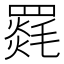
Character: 𮊛